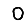
Digit: 0